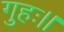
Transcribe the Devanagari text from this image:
गुहः।।